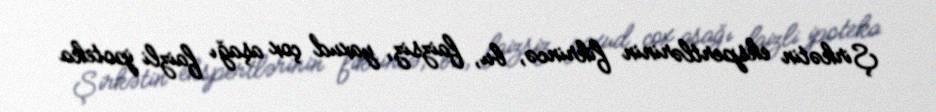
Şirkətin ekspertlərinin fikrincə, bu, faizsiz, yaxud çox aşağı faizli ipoteka